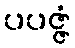
ပပဇ္ဇံ